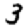
Digit: 3